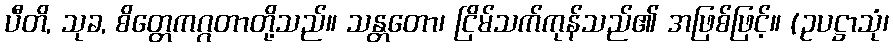
ပီတိ, သုခ, စိတ္တေကဂ္ဂတာတို့သည်။ သန္တတော၊ ငြိမ်သက်ကုန်သည်၏ အဖြစ်ဖြင့်။ (ဥပဋ္ဌာသုံ၊